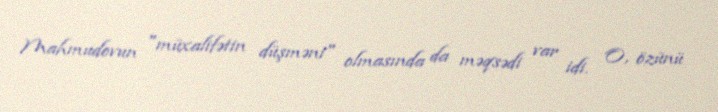
Mahmudovun "müxalifətin düşməni" olmasında da məqsədi var idi. O, özünü